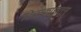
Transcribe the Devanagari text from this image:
तिरस्कारातून